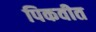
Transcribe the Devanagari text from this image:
पिकवीत